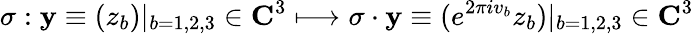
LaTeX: \sigma:{\mathbf y}\equiv(z_{b})|_{b=1,2,3}\in{\mathbf C}^{3}\longmapsto\sigma\cdot{\mathbf y}\equiv(e^{2\pi iv_{b}}z_{b})|_{b=1,2,3}\in{\mathbf C}^{3}